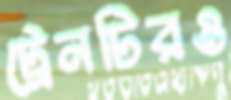
ট্রেনটিরও